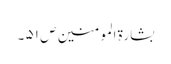
بشارۃ المومنین ص ۵۱ ۔